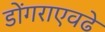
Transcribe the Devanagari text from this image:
डोंगराएवढे